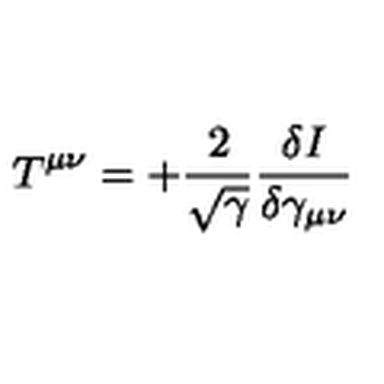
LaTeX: T ^ { \mu \nu } = + \frac { 2 } { \sqrt { \gamma } } \frac { \delta I } { \delta \gamma _ { \mu \nu } }